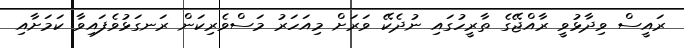
ރައީސް ވިދާޅުވީ ރާއްޖޭގެ ތާރީހުގައި ނުދެކޭ ވަރަށް މިއަހަރު މަސްވެރިކަން ރަނގަޅުވެފައިވާ ކަމަށާއި